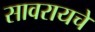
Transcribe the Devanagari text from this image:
सावरायचे